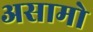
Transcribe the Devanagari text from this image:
असामो